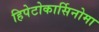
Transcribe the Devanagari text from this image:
हिपेटोकार्सिनोमा